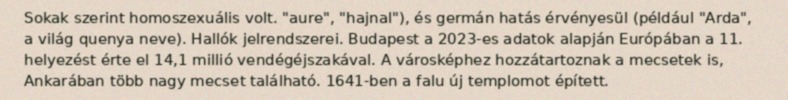
Sokak szerint homoszexuális volt. "aure", "hajnal"), és germán hatás érvényesül (például "Arda", a világ quenya neve). Hallók jelrendszerei. Budapest a 2023-es adatok alapján Európában a 11. helyezést érte el 14,1 millió vendégéjszakával. A városképhez hozzátartoznak a mecsetek is, Ankarában több nagy mecset található. 1641-ben a falu új templomot épített.